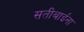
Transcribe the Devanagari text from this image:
सतीबाईंना